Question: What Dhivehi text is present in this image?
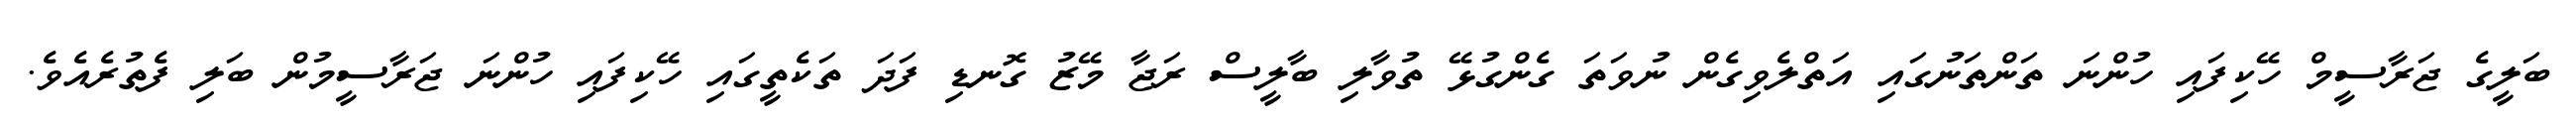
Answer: ބަލީގެ ޖަރާސީމް ހޭކިފައި ހުންނަ ތަންތަނުގައި އަތްލެވިގެން ނުވަތަ ގެންގުޅޭ ތުވާލި ބާލީސް ރަޖާ މޭޒު ގޮނޑި ފަދަ ތަކެތީގައި ހޭކިފައި ހުންނަ ޖަރާސީމުން ބަލި ފެތުރެއެވެ.